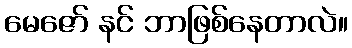
မေဇော် နင် ဘာဖြစ်နေတာလဲ။